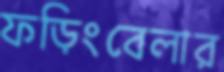
ফড়িংবেলার